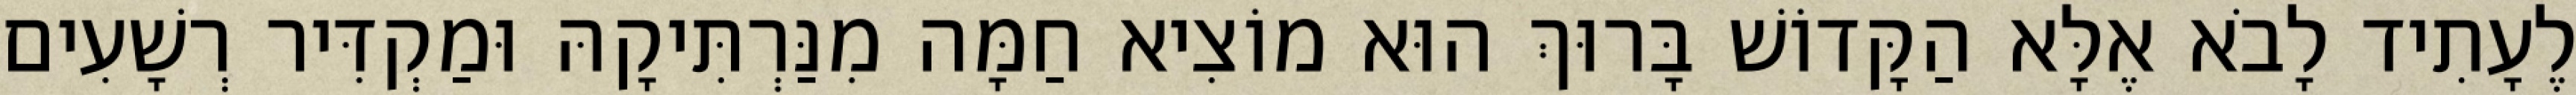
לֶעָתִיד לָבֹא אֶלָּא הַקָּדוֹשׁ בָּרוּךְ הוּא מוֹצִיא חַמָּה מִנַּרְתִּיקָהּ וּמַקְדִּיר רְשָׁעִים